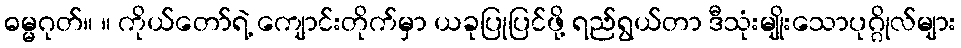
ဓမ္မဂုတ်။ ။ ကိုယ်တော်ရဲ့ ကျောင်းတိုက်မှာ ယခုပြုပြင်ဖို့ ရည်ရွယ်တာ ဒီသုံးမျိုးသောပုဂ္ဂိုလ်များ